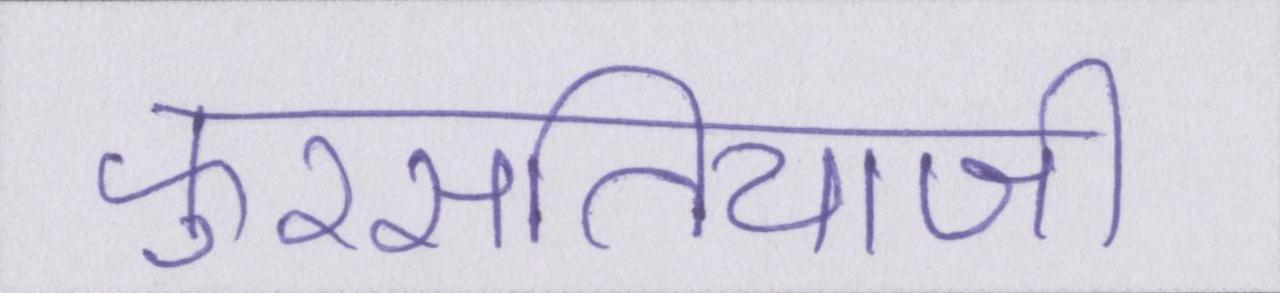
फुरसतियाजी